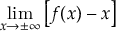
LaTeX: \operatorname* { l i m } _ { x \to \pm \infty } \left[ f ( x ) - x \right]